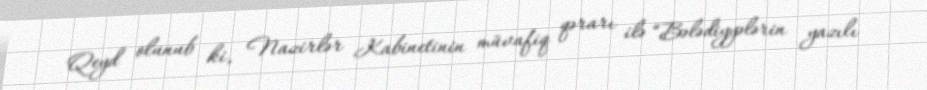
Qeyd olunub ki, Nazirlər Kabinetinin müvafiq qərarı ilə “Bələdiyyələrin yazılı